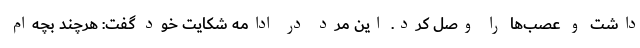
داشت و عصب‌ها را وصل کرد. این مرد در ادامه شکایت خود گفت: هرچند بچه‌ام